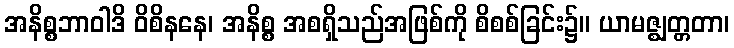
အနိစ္စဘာဝါဒိ ဝိစိနနေ၊ အနိစ္စ အစရှိသည်အဖြစ်ကို စိစစ်ခြင်း၌။ ယာမဇ္ဈတ္တတာ၊